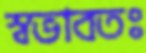
স্বভাবতঃ